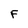
Character: F